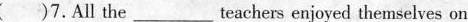
( )7.All the_teachers enjoyed themselves on